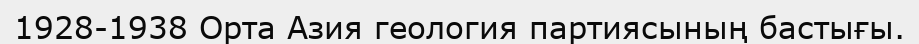
1928-1938 Орта Азия геология партиясының бастығы.